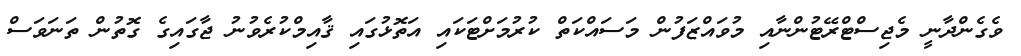
ވެގެންދާނީ މެޖިސްޓްރޭޓުންނާއި މުވައްޒަފުން މަސައްކަތް ކުރުމަށްޓަކައި އަތޮޅުގައި ޤާއިމްކުރެވުނު ޖާގައިގެ ގޮތުން ތަނަވަސް